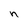
Character: n